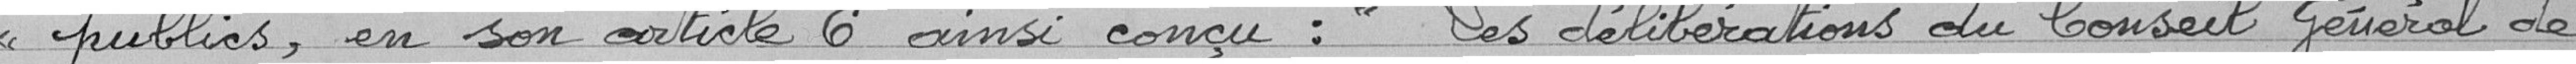
publics, en son article 6 ainsi conçu ; "Les délibérations du Conseil général de